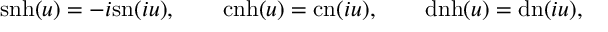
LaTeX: \mathrm { s n h } ( u ) = - i \mathrm { s n } ( i u ) , \qquad \mathrm { c n h } ( u ) = \mathrm { c n } ( i u ) , \qquad \mathrm { d n h } ( u ) = \mathrm { d n } ( i u ) ,